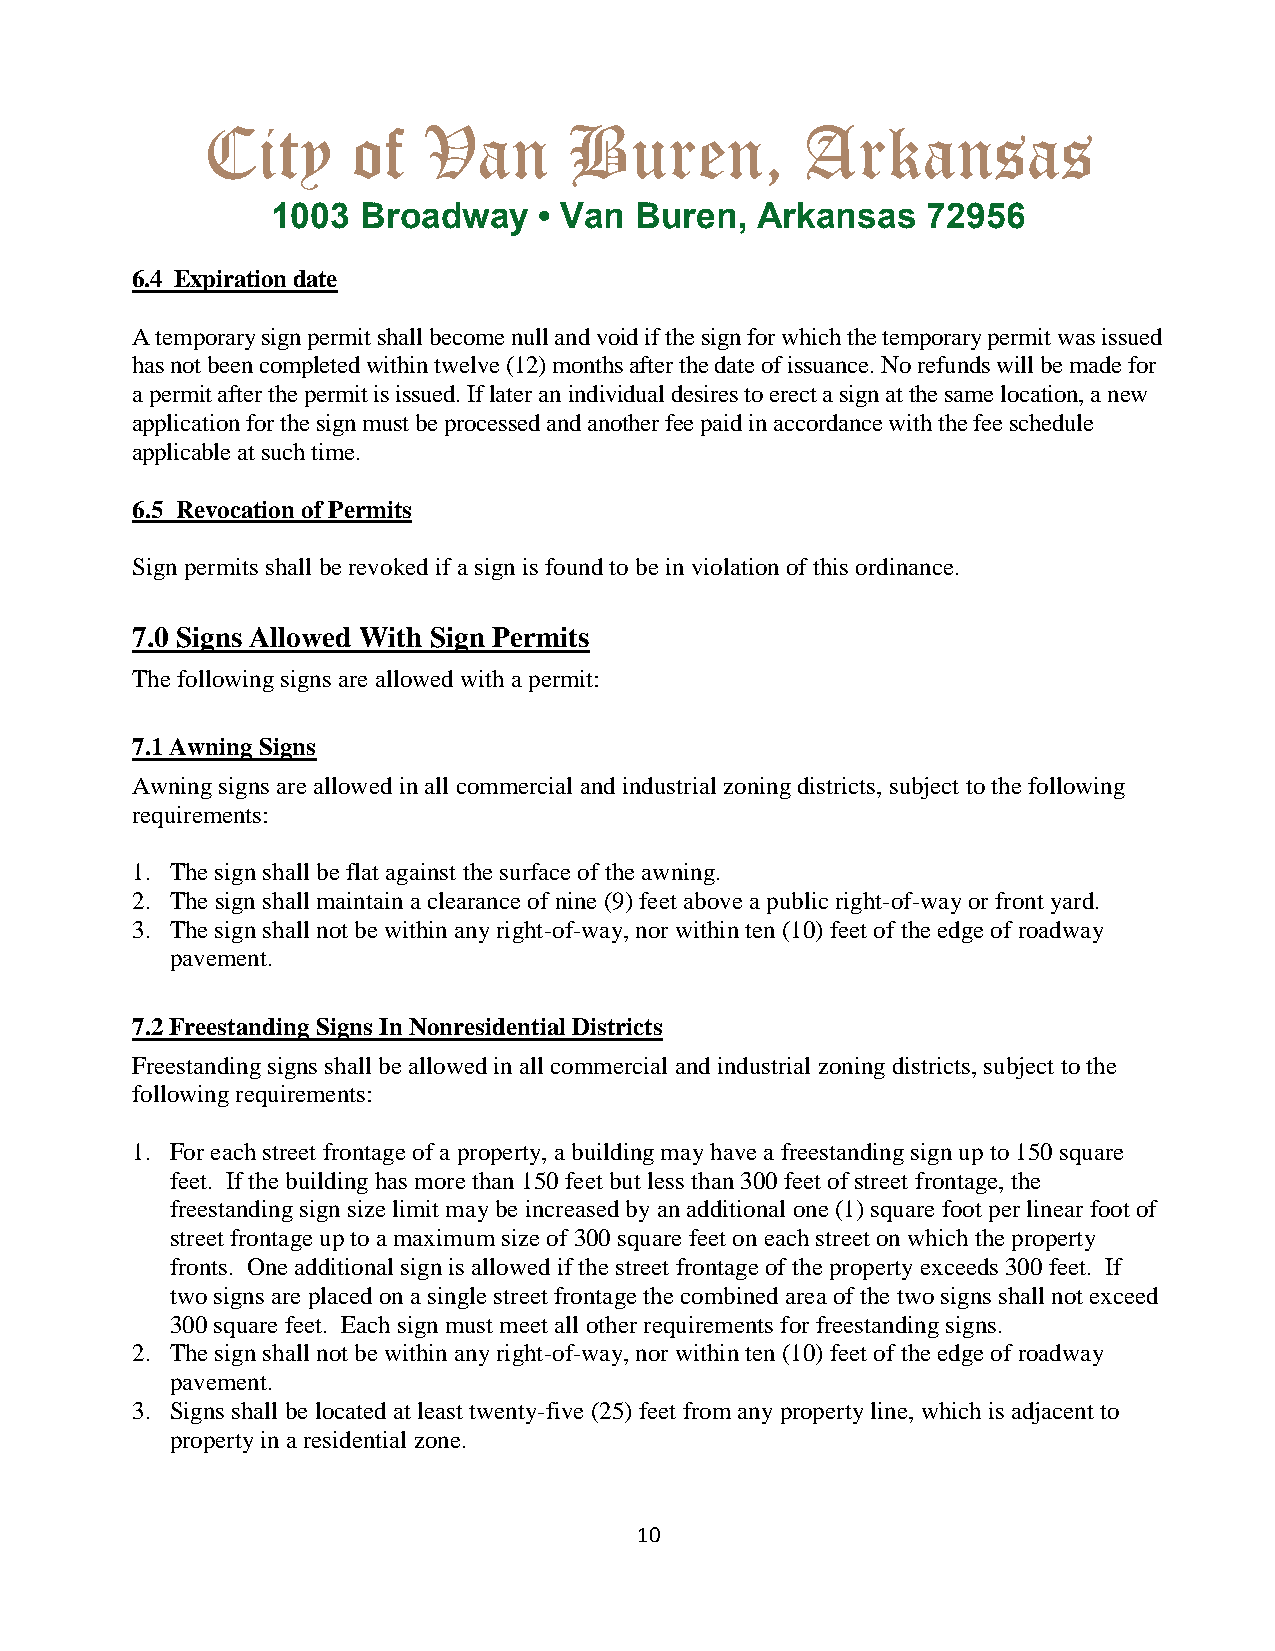
City      of   Van       Buren,         Arkansas
 1003  Broadway    • Van Buren,  Arkansas   72956
 6.4 Expiration date
 A temporary sign permit shall become null and void if the sign for which the temporary permit was issued
 has not been completed within twelve (12) months after the date of issuance. No refunds will be made for
 a permit after the permit is issued. If later an individual desires to erect a sign at the same location, a new
 application for the sign must be processed and another fee paid in accordance with the fee schedule
 applicable at such time.
 6.5 Revocation of Permits
 Sign permits shall be revoked if a sign is found to be in violation of this ordinance.
 7.0 Signs Allowed With Sign Permits
 The following signs are allowed with a permit:
 7.1 Awning Signs
 Awning signs are allowed in all commercial and industrial zoning districts, subject to the following
 requirements:
 1. The sign shall be flat against the surface of the awning.
 2. The sign shall maintain a clearance of nine (9) feet above a public right-of-way or front yard.
 3. The sign shall not be within any right-of-way, nor within ten (10) feet of the edge of roadway
 pavement.
 7.2 Freestanding Signs In Nonresidential Districts
 Freestanding signs shall be allowed in all commercial and industrial zoning districts, subject to the
 following requirements:
 1. For each street frontage of a property, a building may have a freestanding sign up to 150 square
 feet. If the building has more than 150 feet but less than 300 feet of street frontage, the
 freestanding sign size limit may be increased by an additional one (1) square foot per linear foot of
 street frontage up to a maximum size of 300 square feet on each street on which the property
 fronts. One additional sign is allowed if the street frontage of the property exceeds 300 feet. If
 two signs are placed on a single street frontage the combined area of the two signs shall not exceed
 300 square feet. Each sign must meet all other requirements for freestanding signs.
 2. The sign shall not be within any right-of-way, nor within ten (10) feet of the edge of roadway
 pavement.
 3. Signs shall be located at least twenty-five (25) feet from any property line, which is adjacent to
 property in a residential zone.
 10